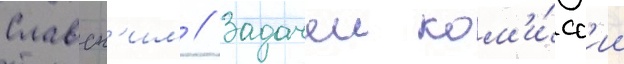
Славск'им // Задачеи ком'и́сс'ии